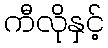
ကီလိုနှင့်